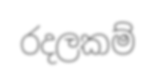
රදලකම්